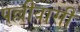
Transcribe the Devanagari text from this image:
पल्लीवासी